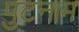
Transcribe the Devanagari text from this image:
पुटनाम